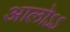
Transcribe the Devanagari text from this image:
आलोऽऽ